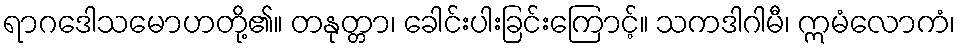
ရာဂဒေါသမောဟတို့၏။ တနုတ္တာ၊ ခေါင်းပါးခြင်းကြောင့်။ သကဒါဂါမီ၊ ဣမံလောကံ၊